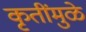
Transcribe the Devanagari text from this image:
कृतींमुळे